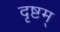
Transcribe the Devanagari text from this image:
दृष्टम्